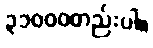
၃၁၀၀၀တည်းပါ။